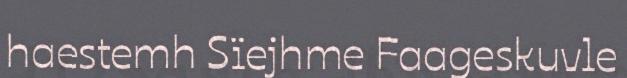
haestemh Sïejhme Faageskuvle